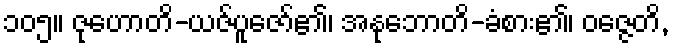
၁၀၅။ ဇုဟောတိ-ယဇ်ပူဇော်၏၊ အနုဘောတိ-ခံစား၏၊ ဝဇ္ဇေတိ,